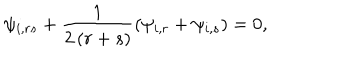
\psi _ { i , r s } + \frac { 1 } { 2 \left( r + s \right) } \left( \psi _ { i , r } + \psi _ { i , s } \right) = 0 ,